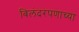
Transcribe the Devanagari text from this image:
बिलंदरपणाच्या